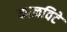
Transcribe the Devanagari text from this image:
काळविटे